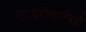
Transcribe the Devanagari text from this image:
नागरीकाचिही